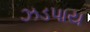
ઝડપાય